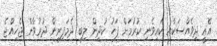
އެއީ ދިވެއްސަކާއި ކައިވެނި ކުރުމަށް ފަހު ކުދިން ލިބި ދެމަފިރިން ދުރުވާން ޖެހިއްޖެ